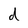
Character: d